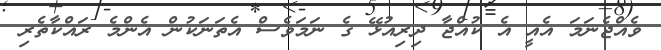
ވެއްޖެނަމަ އެއީ އެ ކުއްޖާ ދިރިއުޅޭ ގެ ނަމަވެސް އެތަނަކުން އެންމެ ރައްކާތެރި